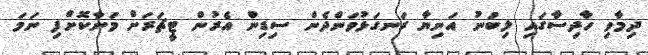
ދިމާވި ހާދިސާގައި ލިބުނު އަނިޔާ ރަނގަޅުވަންދެން ސިޑިން އެރުން ޓީޗަރަށް މަނާކޮށްފި ނަމަ